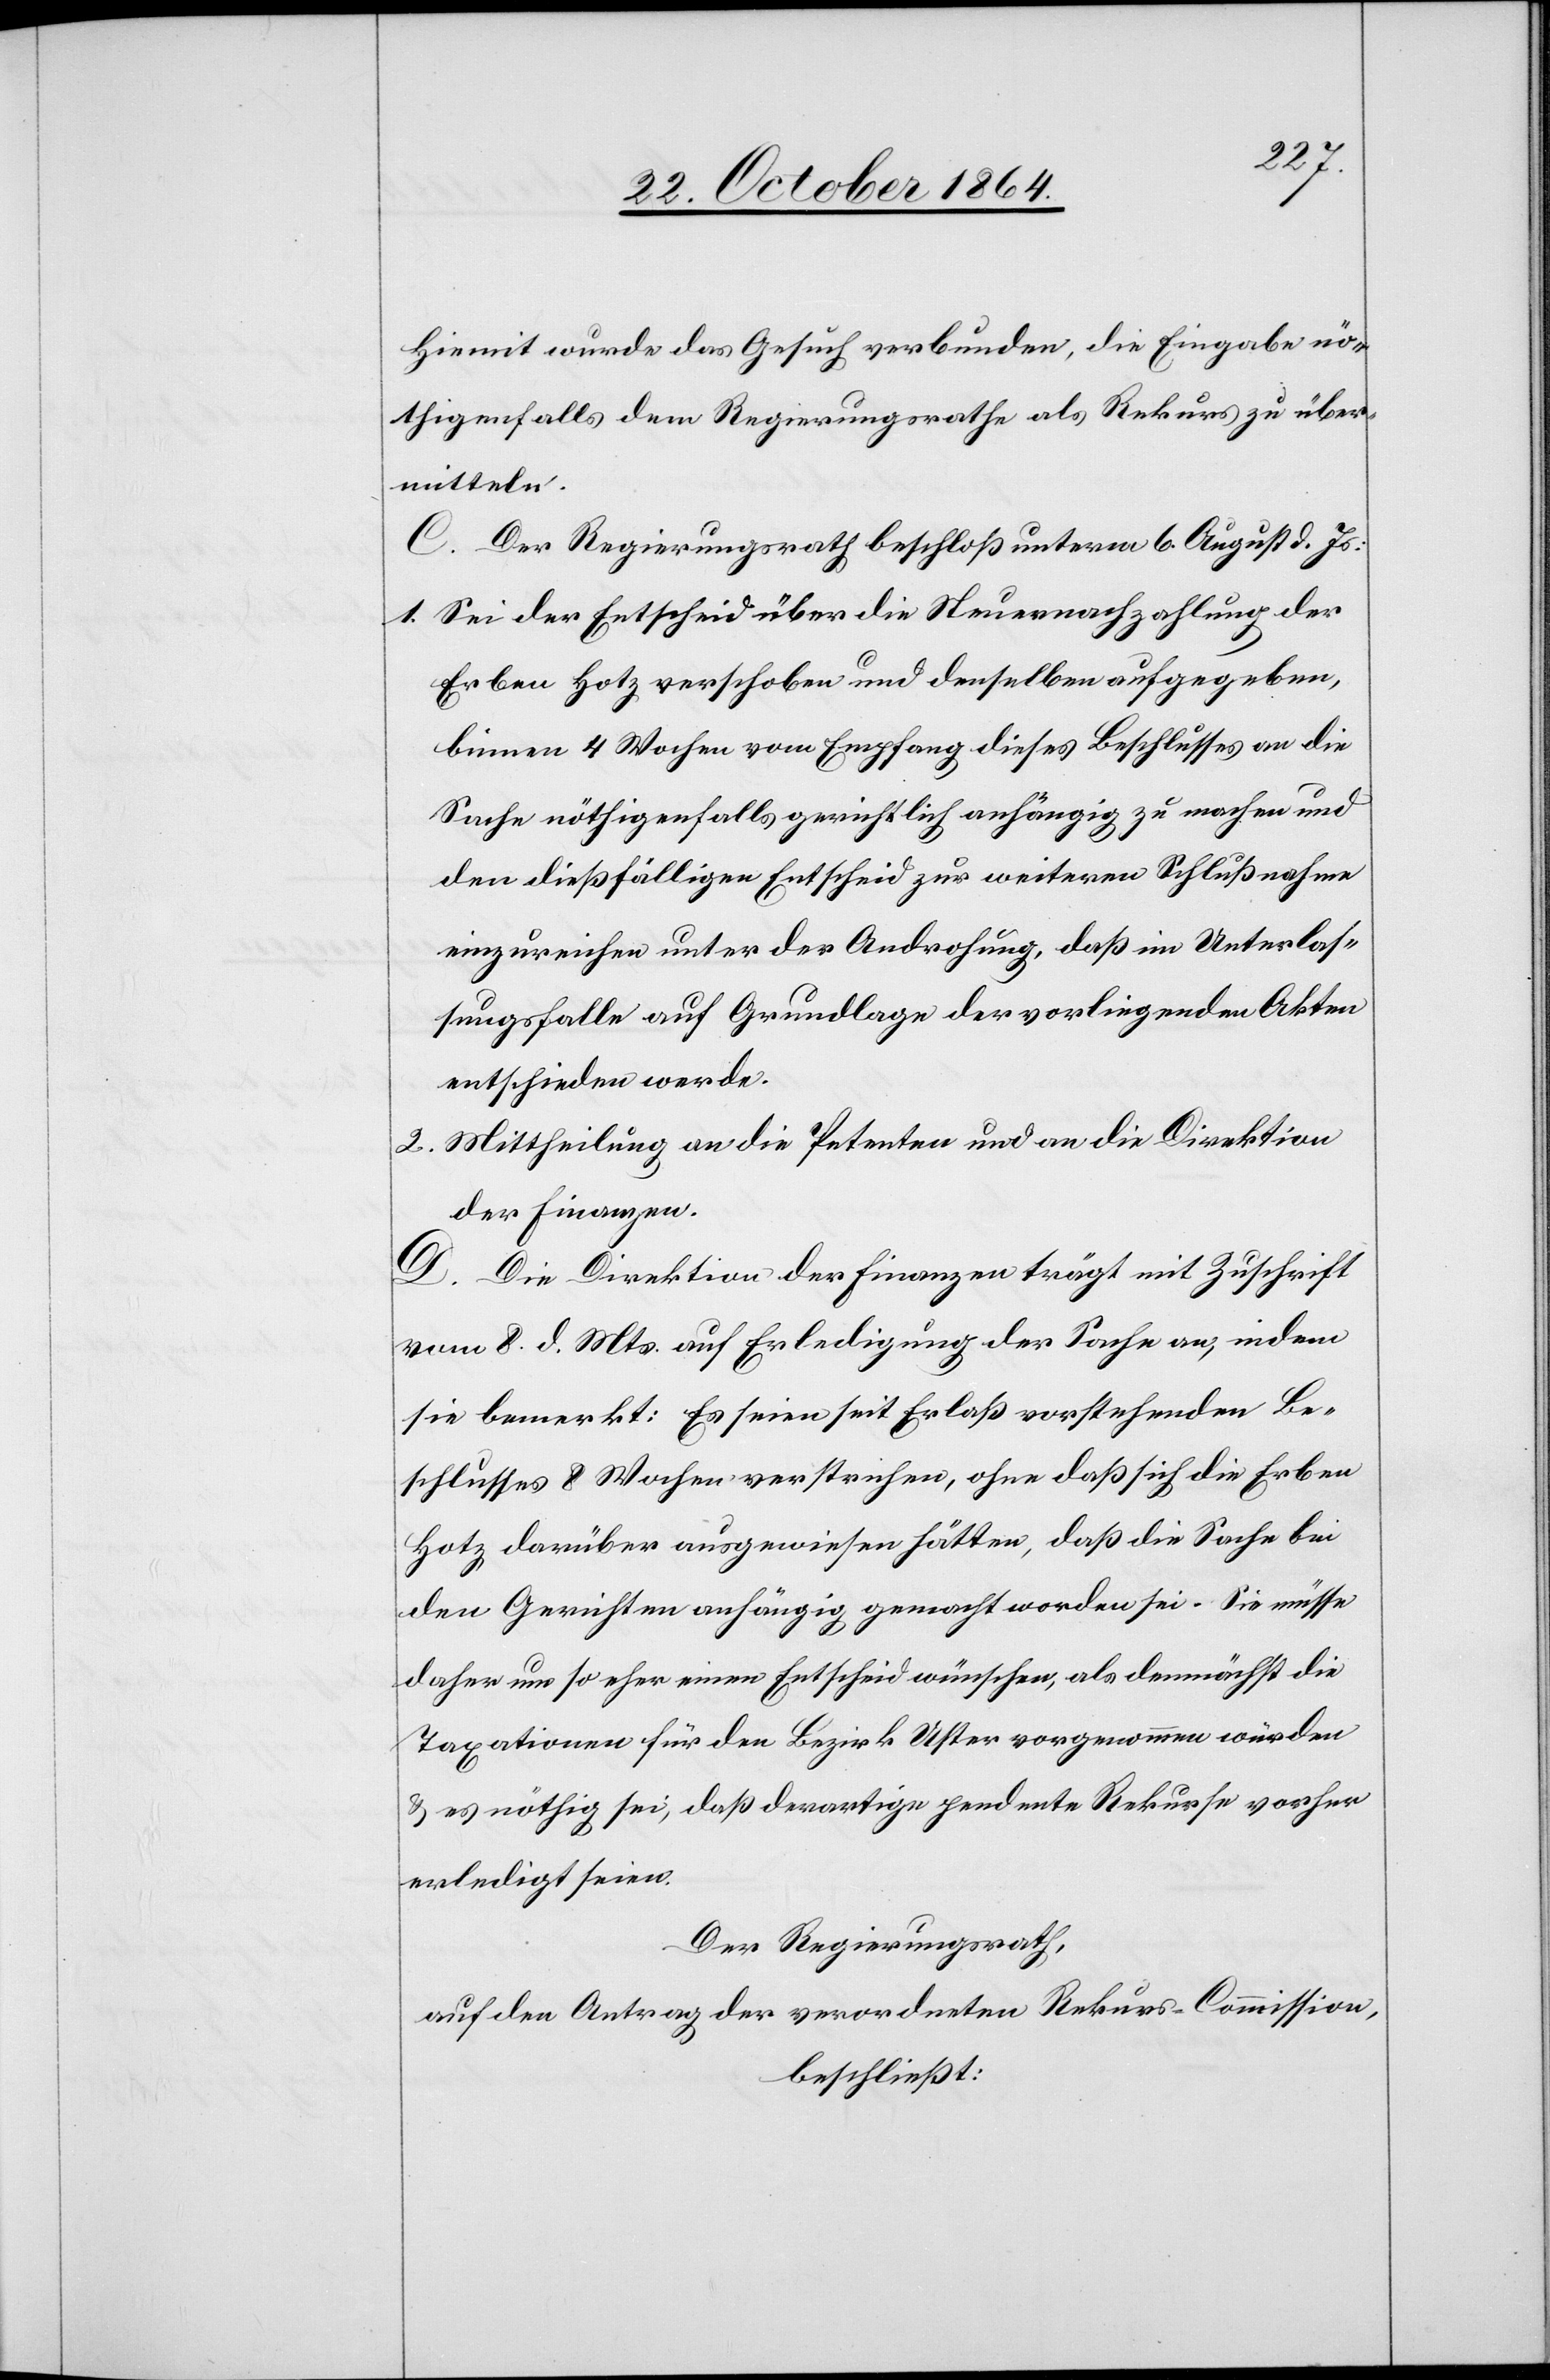
Hiemit wurde das Gesuch verbunden, die Eingabe nö¬
thigenfalls dem Regierungsrathe als Rekurs zu über¬
mitteln.
C. Der Regierungsrath beschloß unterm 6. August d. Js.:
1. Sei der Entscheid über den Steuernachzahlung der
Erben Hotz verschoben und denselben aufgegeben,
binnen 4 Wochen vom Empfang dieses Beschlusses an die
Sache nöthigenfalls gerichtlich anhängig zu machen und
den dießfälligen Entscheid zur weiteren Schlußnahme
einzureichen unter der Androhung, daß im Unterlas¬
sungsfalle auf Grundlage der vorliegenden Akten
entschieden werde.
2. Mittheilung an die Petenten und an die Direktion
der Finanzen.
D. Die Direktion der Finanzen trägt mit Zuschrift
vom 8. d. Mts. auf Erledigung der Sache an, indem
sie bemerkt: Es seien seit Erlaß vorstehenden Be¬
schlusses 8 Wochen verstrichen, ohne daß sich die Erben
Hotz darüber ausgewiesen hätten, daß die Sache bei
den Gerichten anhängig gemacht worden sei. Sie müsse
daher um so eher einen Entscheid wünschen, das demnächst die
Taxationen für den Bezirk Uster vorgenommen würden
& es nöthig sei, daß derartige pendente Rekurse vorher
erledigt seien.
Der Regierungsrath,
auf den Antrag der verordneten Rekurs-Commission,
beschließt: